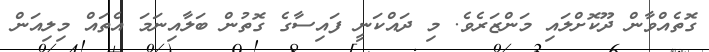
ގޮތެއްވާން ދޫކޮށްލައި މަންޒަރެވެ. މި ދައްކަނީ ފައިސާގެ ގޮތުން ބަލާއިނަމަ އެތައް މިލިއަން